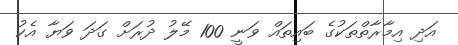
އަދި އިމާރާތްތަކުގެ ބައިތައް ވަނީ 100 މޭލު ދުރަށް ގަދަ ވަޔާ އެކު